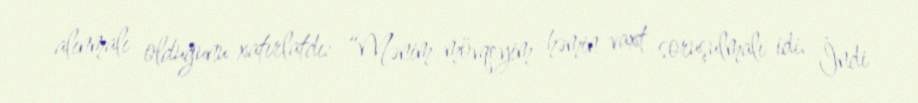
alınmalı olduğunu xatırlatdı: “Mənim mövqeyim həmin vaxt soruşulmalı idi. İndi